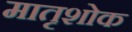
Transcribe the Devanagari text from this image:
मातृशोक